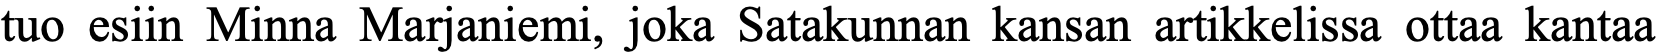
tuo esiin Minna Marjaniemi, joka Satakunnan kansan artikkelissa ottaa kantaa